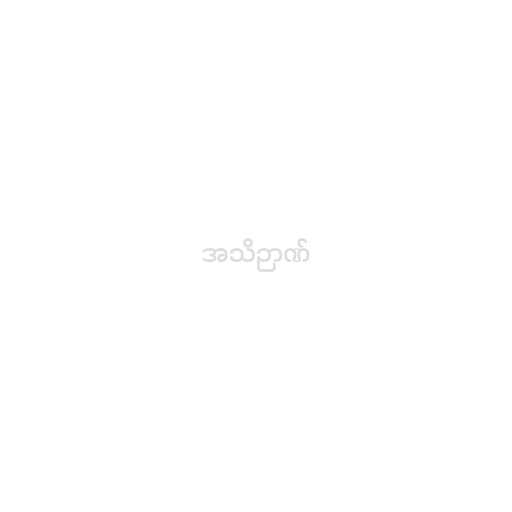
အသိဉာဏ်